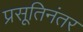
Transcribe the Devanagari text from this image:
प्रसूतिनंतर